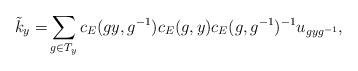
LaTeX: \begin{align*} \tilde k_{y} =& \sum_{g\in T_y}c_E(gy,g^{-1})c_E(g,y)c_E(g,g^{-1})^{-1}u_{gyg^{-1}}, \end{align*}